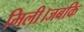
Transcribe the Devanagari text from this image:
मिली।जबकि